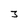
Character: 3